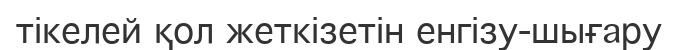
тікелей қол жеткізетін енгізу-шығару